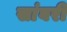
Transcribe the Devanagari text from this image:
सांबरी